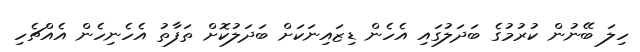
ހިލަ ބޭނުން ކުރުމުގެ ބަދަލުގައި އެހެން ޑިޒައިނަކަށް ބަދަލުކޮށް ތަފާތު އެހެނިހެން އެއްޗެހި